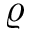
\varrho